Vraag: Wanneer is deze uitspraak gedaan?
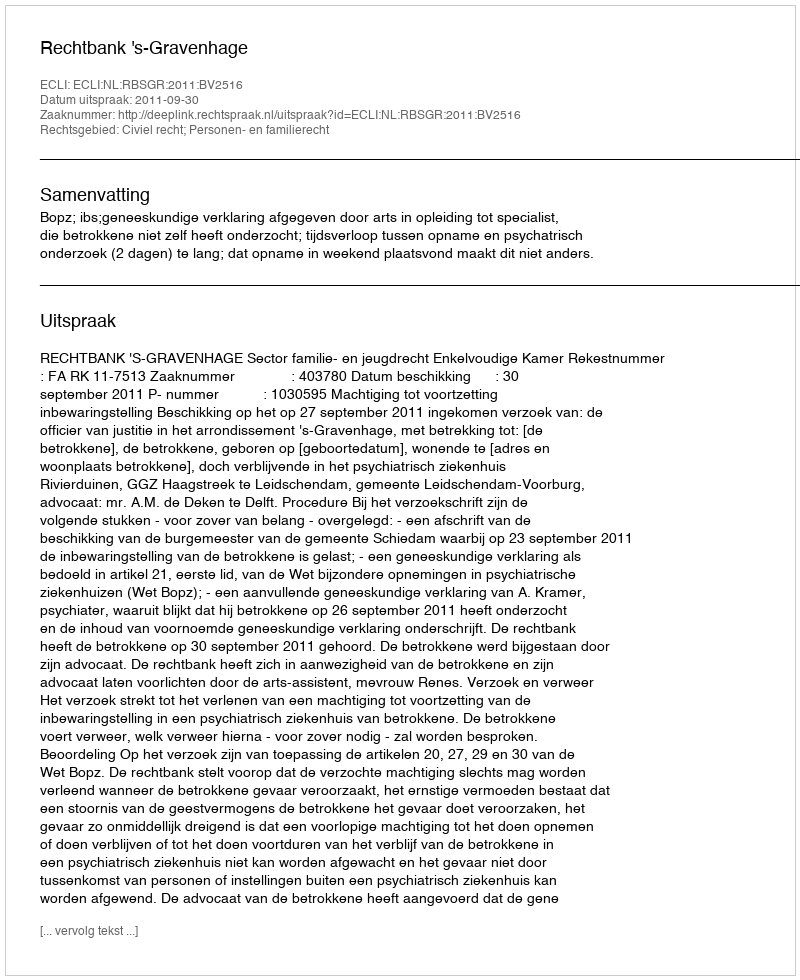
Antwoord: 2011-09-30